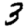
Digit: 3